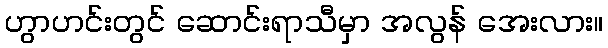
ဟွာဟင်းတွင် ဆောင်းရာသီမှာ အလွန် အေးလား။